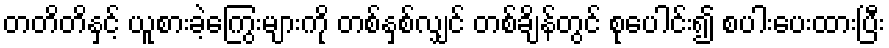
တတိတိနှင့် ယူစားခဲ့ကြွေးများကို တစ်နှစ်လျှင် တစ်ချိန်တွင် စုပေါင်း၍ စပါးပေးထားပြီး